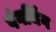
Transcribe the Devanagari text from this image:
षंगचिंग